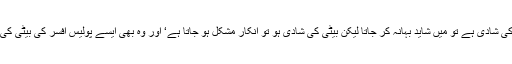
اگر میر زبیر مجھے کہتے کہ بیٹے کی شادی ہے تو میں شاید بہانہ کر جاتا لیکن بیٹی کی شادی ہو تو انکار مشکل ہو جاتا ہے‘ اور وہ بھی ایسے پولیس افسر کی بیٹی کی‘ جس نے عمر بھر عزت کمائی تھی۔